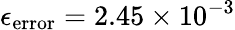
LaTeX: \epsilon_{\mathrm{error}}=2.45\times 10^{-3}